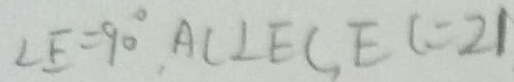
\angle E = 9 0 ^ { \circ } , A C \bot E C , E C = 2 1